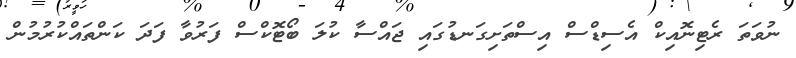
ނުވަތަ ރެޓިނޮއިކް އެސިޑްސް އިސްތަށިގަނޑުގައި ޖައްސާ ކުލަ ބޯޓޮކްސް ފަރުވާ ފަދަ ކަންތައްކުރުމުން